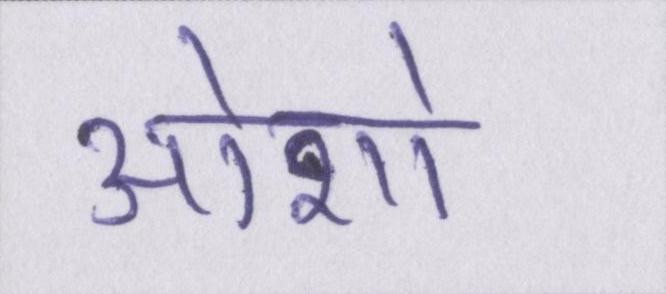
ओशो